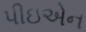
પીઇએન